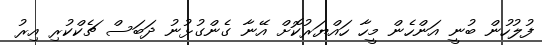
ފުލުހުން ބުނީ އަންހެން މީހާ ހައްޔަރުކޮށް އޭނާ ގެންގުޅުނު ދަބަސް ޗެކްކުރި އިރު